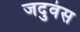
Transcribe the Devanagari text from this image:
जदुवंस